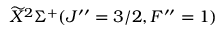
\widetilde { X } ^ { 2 } \Sigma ^ { + } ( J ^ { \prime \prime } = 3 / 2 , F ^ { \prime \prime } = 1 )